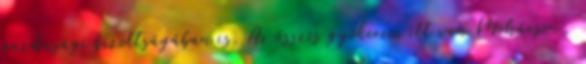
gazdasági bizottságában is. Az összes gyökerem itt van Mohácson,